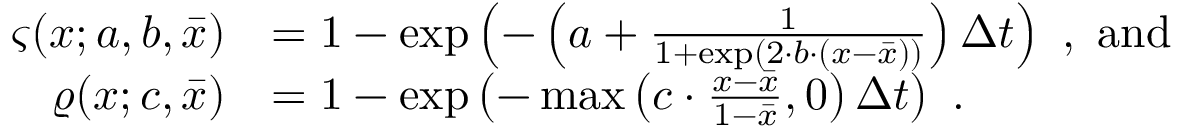
\begin{array} { r l } { \varsigma ( x ; a , b , \bar { x } ) } & { = 1 - \exp \left( - \left( a + \frac { 1 } { 1 + \exp ( 2 \cdot b \cdot ( x - \bar { x } ) ) } \right) \Delta t \right) \ , \ \mathrm { a n d } } \\ { \varrho ( x ; c , \bar { x } ) } & { = 1 - \exp \left( - \operatorname* { m a x } \left( c \cdot \frac { x - \bar { x } } { 1 - \bar { x } } , 0 \right) \Delta t \right) \ . } \end{array}